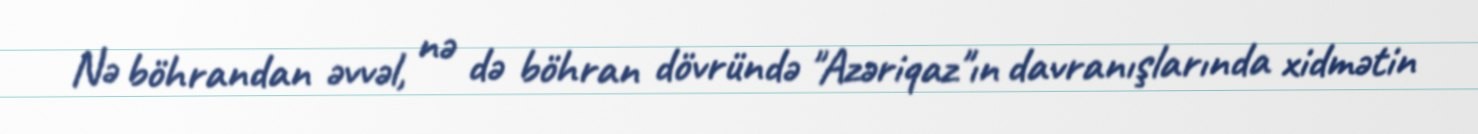
Nə böhrandan əvvəl, nə də böhran dövründə "Azəriqaz"ın davranışlarında xidmətin